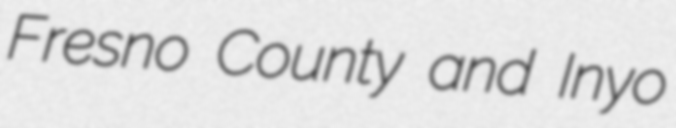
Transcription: Fresno County and Inyo